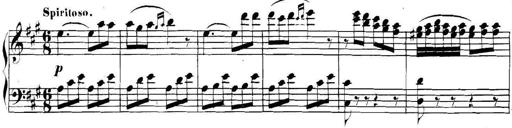
Title: Collected Piano Sonatas
Composer: Muzio Clementi